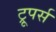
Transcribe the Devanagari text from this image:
ट्रूपर्स